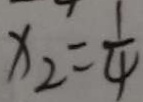
x _ { 2 } = \frac { 1 } { 4 }